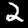
Label: 2